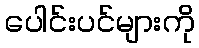
ပေါင်းပင်များကို